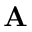
\mathbf { A }